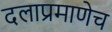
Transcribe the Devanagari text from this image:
दलाप्रमाणेच